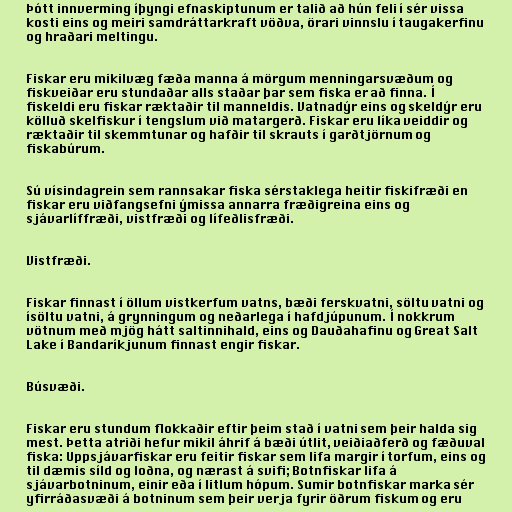
Þótt innverming íþyngi efnaskiptunum er talið að hún feli í sér vissa
kosti eins og meiri samdráttarkraft vöðva, örari vinnslu í taugakerfinu
og hraðari meltingu.

Fiskar eru mikilvæg fæða manna á mörgum menningarsvæðum og
fiskveiðar eru stundaðar alls staðar þar sem fiska er að finna. Í
fiskeldi eru fiskar ræktaðir til manneldis. Vatnadýr eins og skeldýr eru
kölluð skelfiskur í tengslum við matargerð. Fiskar eru líka veiddir og
ræktaðir til skemmtunar og hafðir til skrauts í garðtjörnum og
fiskabúrum.

Sú vísindagrein sem rannsakar fiska sérstaklega heitir fiskifræði en
fiskar eru viðfangsefni ýmissa annarra fræðigreina eins og
sjávarlíffræði, vistfræði og lífeðlisfræði.

Vistfræði.

Fiskar finnast í öllum vistkerfum vatns, bæði ferskvatni, söltu vatni og
ísöltu vatni, á grynningum og neðarlega í hafdjúpunum. Í nokkrum
vötnum með mjög hátt saltinnihald, eins og Dauðahafinu og Great Salt
Lake í Bandaríkjunum finnast engir fiskar.

Búsvæði.

Fiskar eru stundum flokkaðir eftir þeim stað í vatni sem þeir halda sig
mest. Þetta atriði hefur mikil áhrif á bæði útlit, veiðiaðferð og fæðuval
fiska: Uppsjávarfiskar eru feitir fiskar sem lifa margir í torfum, eins og
til dæmis síld og loðna, og nærast á svifi; Botnfiskar lifa á
sjávarbotninum, einir eða í litlum hópum. Sumir botnfiskar marka sér
yfirráðasvæði á botninum sem þeir verja fyrir öðrum fiskum og eru